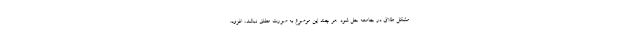
مشکل طلاق در جامعه حل شود. هر چند این موضوع به صورت مطلق نباشد، افزود: